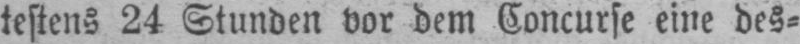
testens 24 Stunden vor dem Concurse eine des⸗